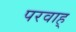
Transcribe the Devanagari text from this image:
परवाह्